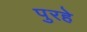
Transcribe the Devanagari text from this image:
पुरहे